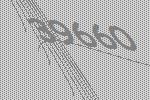
39660